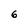
Character: 6